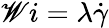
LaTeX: \mathscr{W}i=\lambda\dot{{\gamma}}